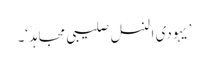
’یہودی النسل صلیبی مجاہد‘۔